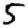
Digit: 5